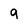
Character: 9